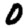
Digit: 0